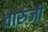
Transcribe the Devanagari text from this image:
वारुंजी